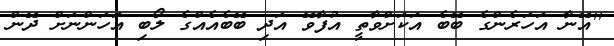
''އޭނާ އަހަރެންގެ ބޭބެ އަކަށްވާތީ އުފާވޭ އަދި ބޭބެއެއްގެ ލޯބި އަހަންނަށް ދޭން